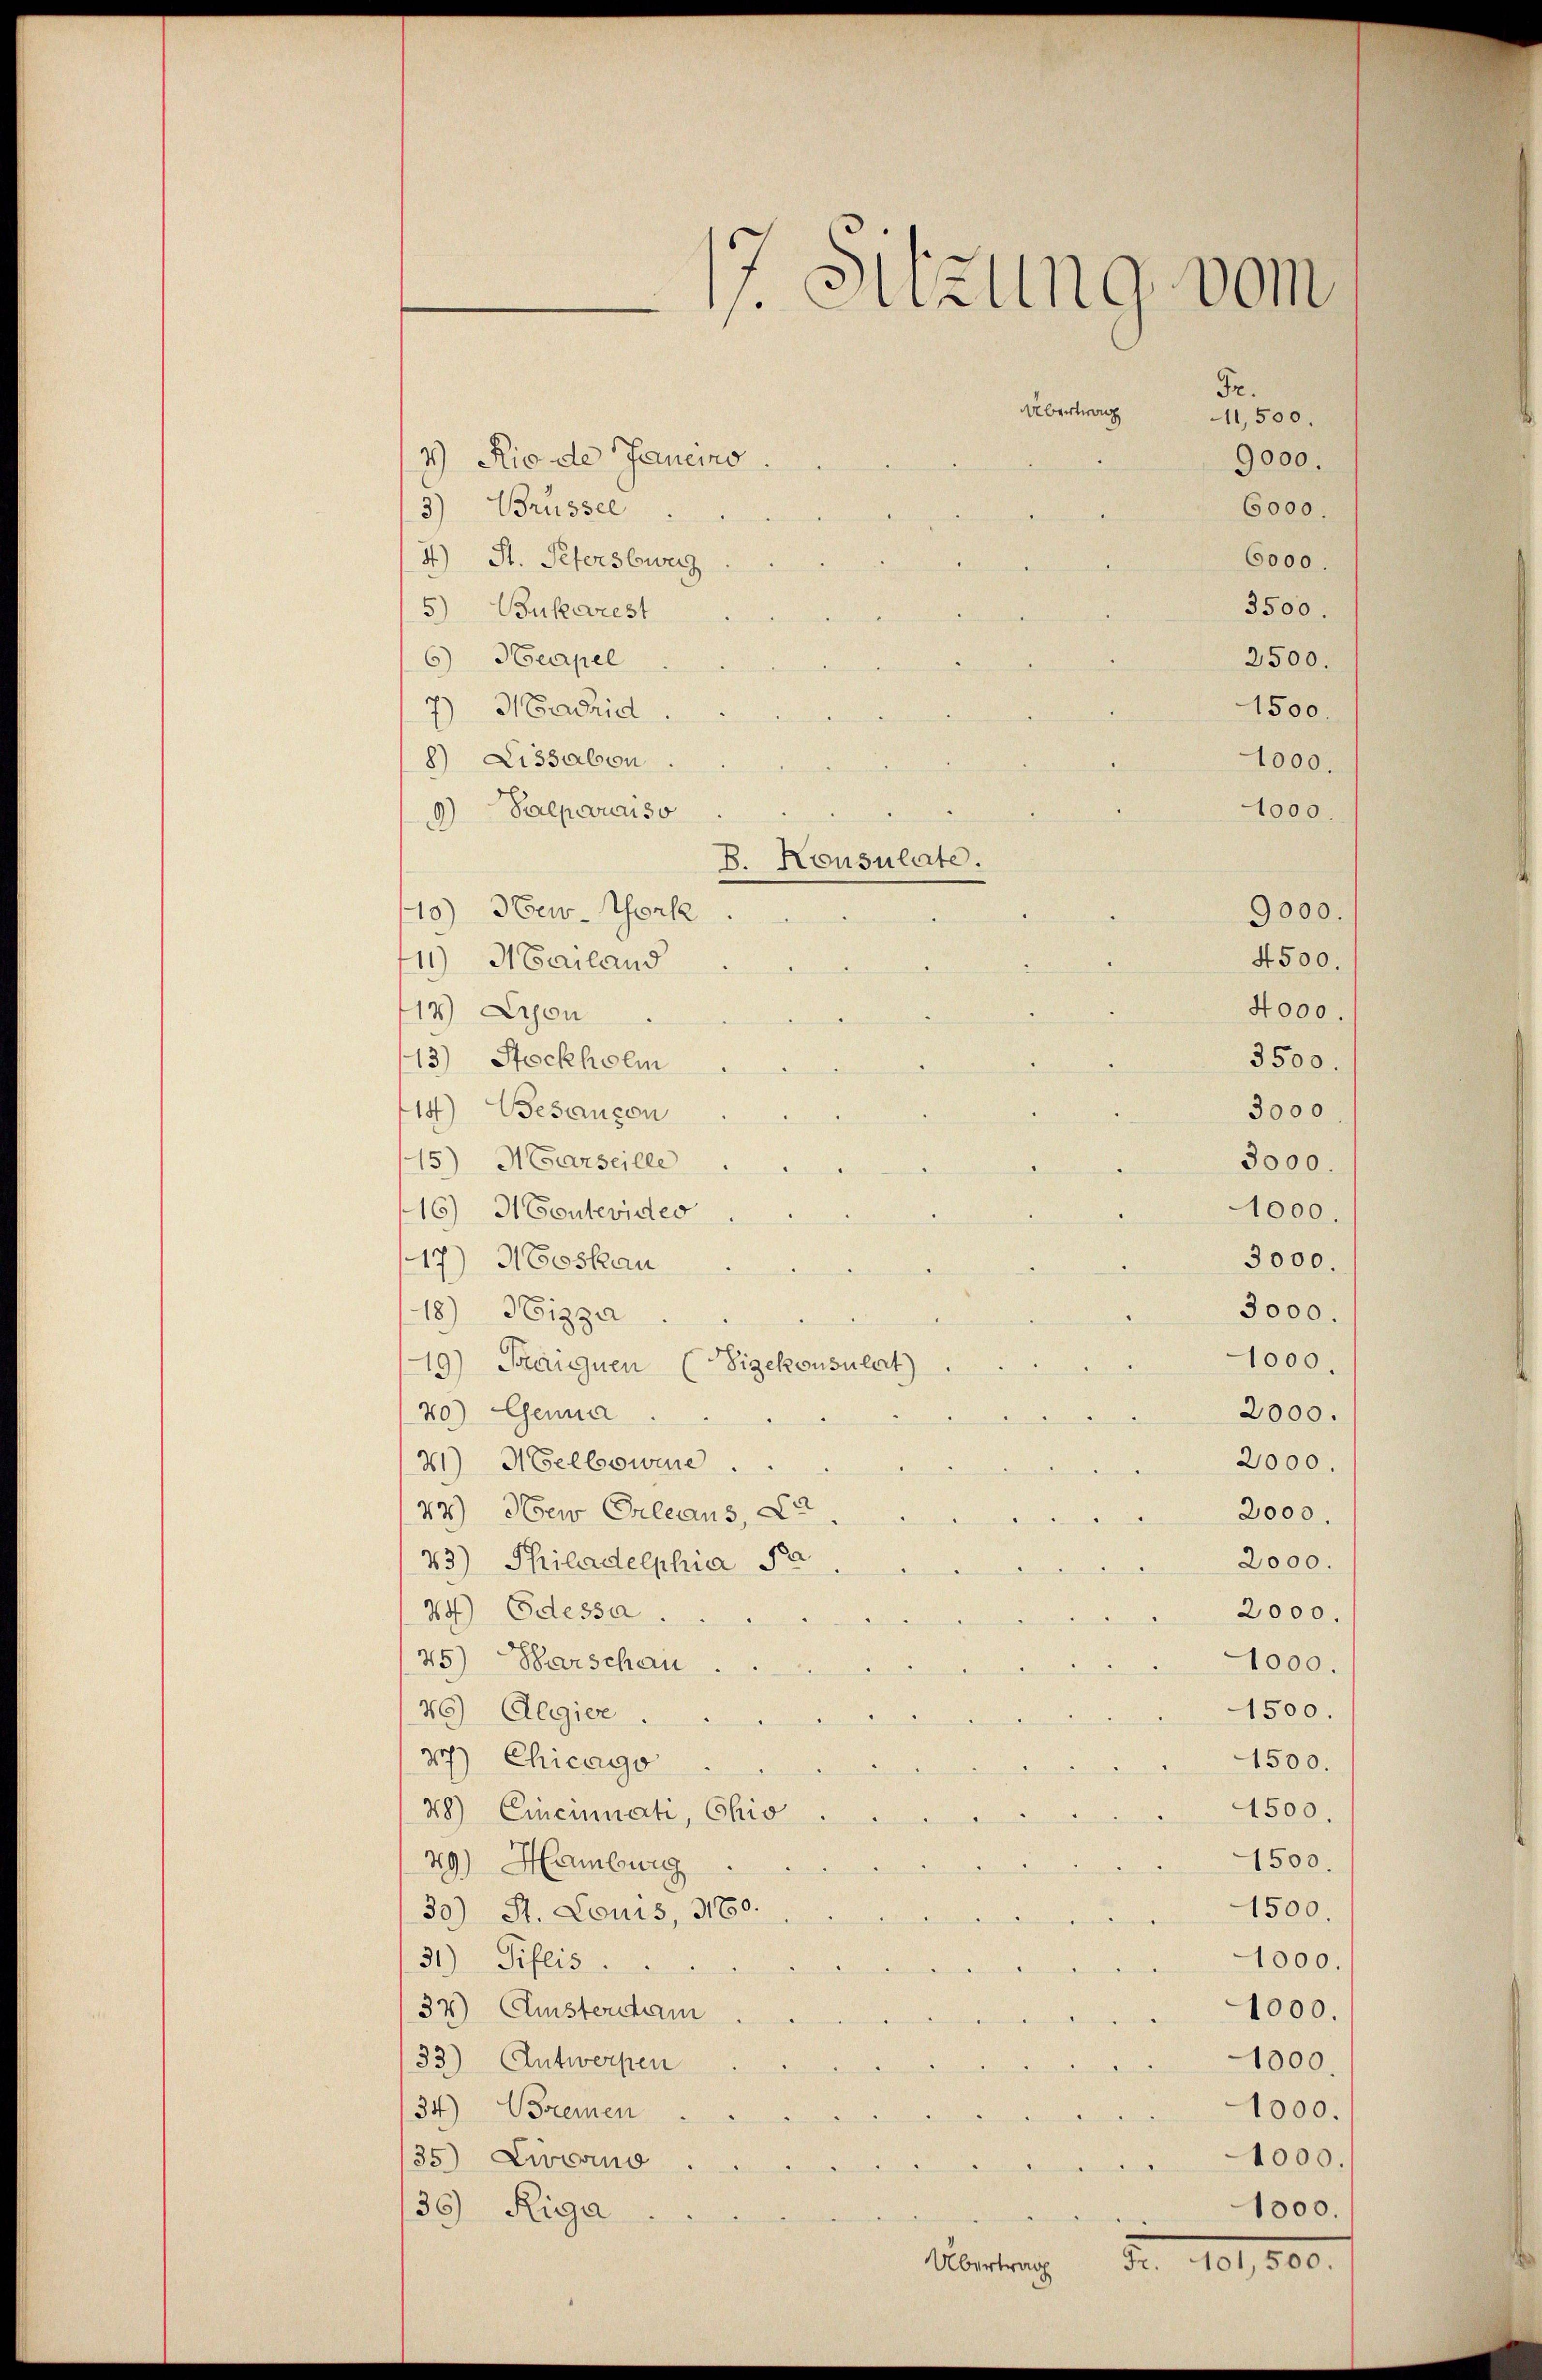
d
 Cuzling vom
Fr.
Übertrag
11,500
9000.
6000.
6000.

3500.
2500.
1500.

4) Rio de Janemo
3) Brüssel
4.) St. Petersbwer
5) Bukarest
6) Neapel
7) Madrid
8) Lissabon.
9) Paeparaiso
10) New-York
9000.
4500.
11) Mailand
14) Leon
3500.
13) Stockholm
3000
14) Besançon
15) Marseille
3000.
16) IContevideo
1000.
17.) Moskau
3000.
3000.
18) Heizza
1000.
19) Traignen (Vizekonsulat)
20.) Genua
2000.
2000.
31) Melbowine
77) Der Erleans, Du
2000.
2000.
23.) Philadelphia e
2000.
29) Odessa
45) Barschau
1000.
76) Glegier
1500.
2) Chicago
1500.
1500
48) Einsinuati, Chio
1500
49) Hamburg
1500.
30) St. Louis, 3100.
31) Piflis
1000.
37) Austercham
1000.
33) Antwerpen
1000
34) Bremen
1000.
1000.
35) Zuverno
1000.
35 Riga
Fr. 401,500.

1000.
1000

B. Konsulate.

4000.

Übertrag